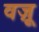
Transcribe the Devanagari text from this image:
वज़ू